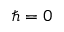
\hbar = 0